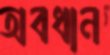
অবধান